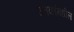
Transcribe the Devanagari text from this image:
उतकांमधील